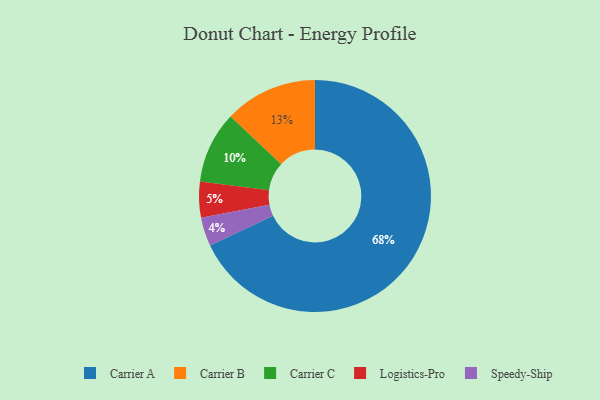
{"axis": {"x": "Category", "y": "Percentage"}, "legend": ["Carrier A", "Carrier B", "Carrier C", "Logistics-Pro", "Speedy-Ship"], "data": [{"x": "Carrier B", "y": 13, "type": "Carrier B"}, {"x": "Carrier A", "y": 68, "type": "Carrier A"}, {"x": "Logistics-Pro", "y": 5, "type": "Logistics-Pro"}, {"x": "Speedy-Ship", "y": 4, "type": "Speedy-Ship"}, {"x": "Carrier C", "y": 10, "type": "Carrier C"}]}